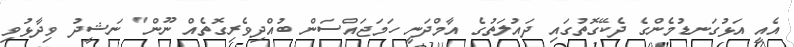
އެއީ އަޅުގަނޑުމެންގެ ދެކޭގޮތުގައި ދައުލަތުގެ އާމްދަނީ ހަމަޖައްސަން ބުއްދިވެރިގޮތެއް ނޫން" ނަޝީދު ވިދާޅުވި